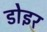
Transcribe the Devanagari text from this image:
डोइर